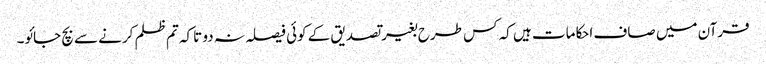
قرآن میں صاف احکامات ہیں کہ کس طرح بغیر تصدیق کے کوئی فیصلہ نہ دو تاکہ تم ظلم کرنے سے بچ جائو۔